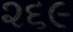
૨૬૯